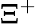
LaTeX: \Xi^{+}